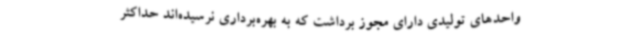
واحدهای تولیدی دارای مجوز برداشت که به بهره‌برداری نرسیده‌اند حداکثر